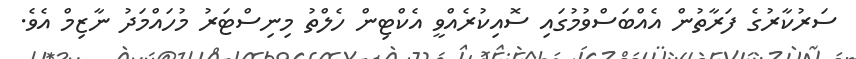
ސަރުކާރުގެ ފަރާތުން އެއްބަސްވުމުގައި ސޮއިކުރެއްވީ އެކްޓިން ހެލްތު މިނިސްޓަރު މުހައްމަދު ނާޒިމް އެވެ.